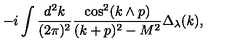
- i \int \frac { d ^ { 2 } k } { ( 2 \pi ) ^ { 2 } } \frac { \cos ^ { 2 } ( k \wedge p ) } { ( k + p ) ^ { 2 } - M ^ { 2 } } \Delta _ { \lambda } ( k ) ,